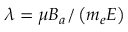
\lambda = \mu B _ { a } / \left( m _ { e } E \right)